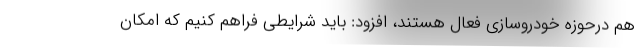
هم درحوزه خودروسازی فعال هستند، افزود: باید شرایطی فراهم کنیم که امکان